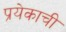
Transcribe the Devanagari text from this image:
प्रयेकाची